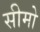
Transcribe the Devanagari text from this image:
सीमो